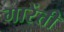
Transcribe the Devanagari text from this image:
गारेंत्ती